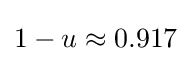
1-u\approx 0.917